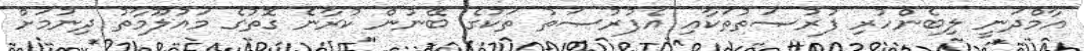
އާމްދަނީ ލިބެންހުރި ފުރުޞަތުތަކާއި އެފުރުޞަތު ތަކުގެ ބޭނުން ކުރާނެ ގޮތުގެ މައުލޫމާތު ދިނުމަށް